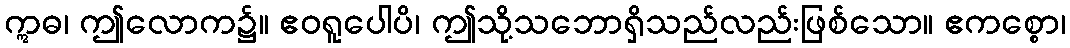
ဣဓ၊ ဤလောက၌။ ဧဝရူပေါပိ၊ ဤသို့သဘောရှိသည်လည်းဖြစ်သော။ ဧကစ္စော၊